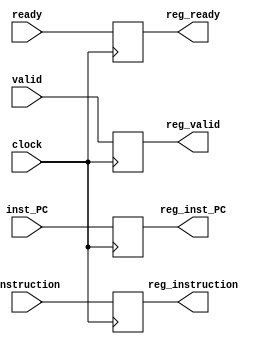
module fetch_buffer #(parameter CORE = 0, DATA_WIDTH = 32, INDEX_BITS = 6, 
                     OFFSET_BITS = 3, ADDRESS_BITS = 20)(
	clock,        
	instruction,
        inst_PC,
        valid,
        ready,
        reg_instruction,
        reg_inst_PC,
        reg_valid,
        reg_ready
); 

input [DATA_WIDTH-1:0]   instruction;
input [ADDRESS_BITS-1:0] inst_PC;  
input valid; 
input ready;
input clock; 

output reg [DATA_WIDTH-1:0]   reg_instruction;
output reg [ADDRESS_BITS-1:0] reg_inst_PC;  
output reg reg_valid; 
output reg reg_ready; 

always @ (posedge clock) begin

     reg_instruction <= instruction;
     reg_inst_PC <= inst_PC;
     reg_valid <= valid;
     reg_ready <= ready;

end




endmodule